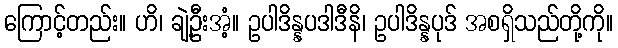
ကြောင့်တည်း။ ဟိ၊ ချဲ့ဦးအံ့။ ဥပါဒိန္နပဒါဒီနိ၊ ဥပါဒိန္နပုဒ် အစရှိသည်တို့ကို။